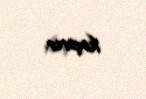
keçirir.